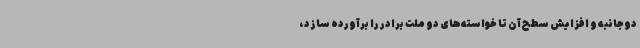
دوجانبه و افزایش سطح آن تا خواسته‌های دو ملت برادر را برآورده سازد،